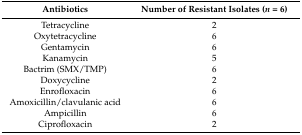
<table><thead><tr><td><b>Antibiotics</b></td><td><b>Number of Resistant Isolates (<i>n</i> = 6)</b></td></tr></thead><tbody><tr><td>Tetracycline</td><td>2</td></tr><tr><td>Oxytetracycline</td><td>6</td></tr><tr><td>Gentamycin</td><td>6</td></tr><tr><td>Kanamycin</td><td>5</td></tr><tr><td>Bactrim (SMX/TMP)</td><td>6</td></tr><tr><td>Doxycycline</td><td>2</td></tr><tr><td>Enrofloxacin</td><td>6</td></tr><tr><td>Amoxicillin/clavulanic acid</td><td>6</td></tr><tr><td>Ampicillin</td><td>6</td></tr><tr><td>Ciprofloxacin</td><td>2</td></tr></tbody></table>